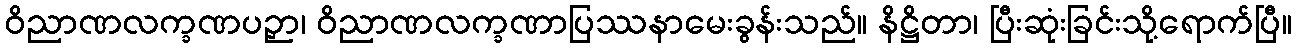
ဝိညာဏလက္ခဏပဉှာ၊ ဝိညာဏလက္ခဏာပြဿနာမေးခွန်းသည်။ နိဋ္ဌိတာ၊ ပြီးဆုံးခြင်းသို့ရောက်ပြီ။